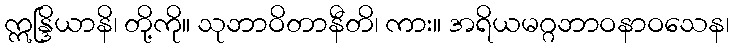
ဣန္ဒြိယာနိ၊ တို့ကို။ သုဘာဝိတာနီတိ၊ ကား။ အရိယမဂ္ဂဘာဝနာဝသေန၊